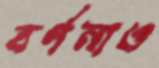
বর্ণনাও